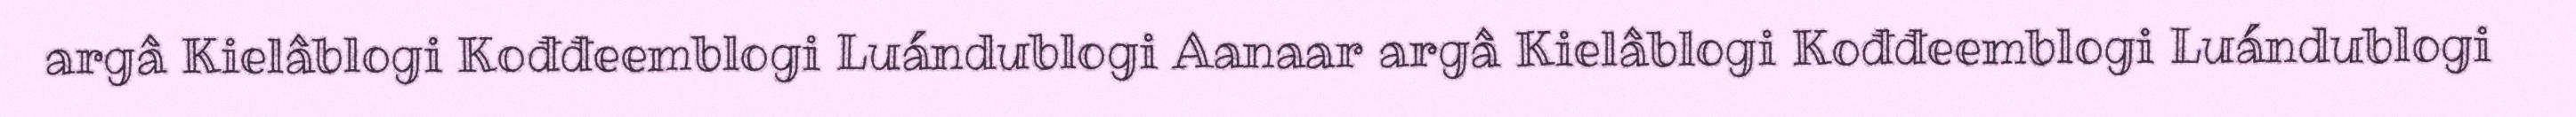
argâ Kielâblogi Kođđeemblogi Luándublogi Aanaar argâ Kielâblogi Kođđeemblogi Luándublogi